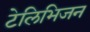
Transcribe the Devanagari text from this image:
टेलिभिजन